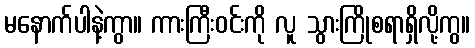
မနောက်ပါနဲ့ကွာ။ ကားကြီးဝင်းကို လူ သွားကြိုစရာရှိလို့ကွ။